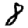
Digit: 8